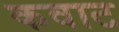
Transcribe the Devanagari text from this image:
कवाट